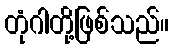
တုံဂါတို့ဖြစ်သည်။